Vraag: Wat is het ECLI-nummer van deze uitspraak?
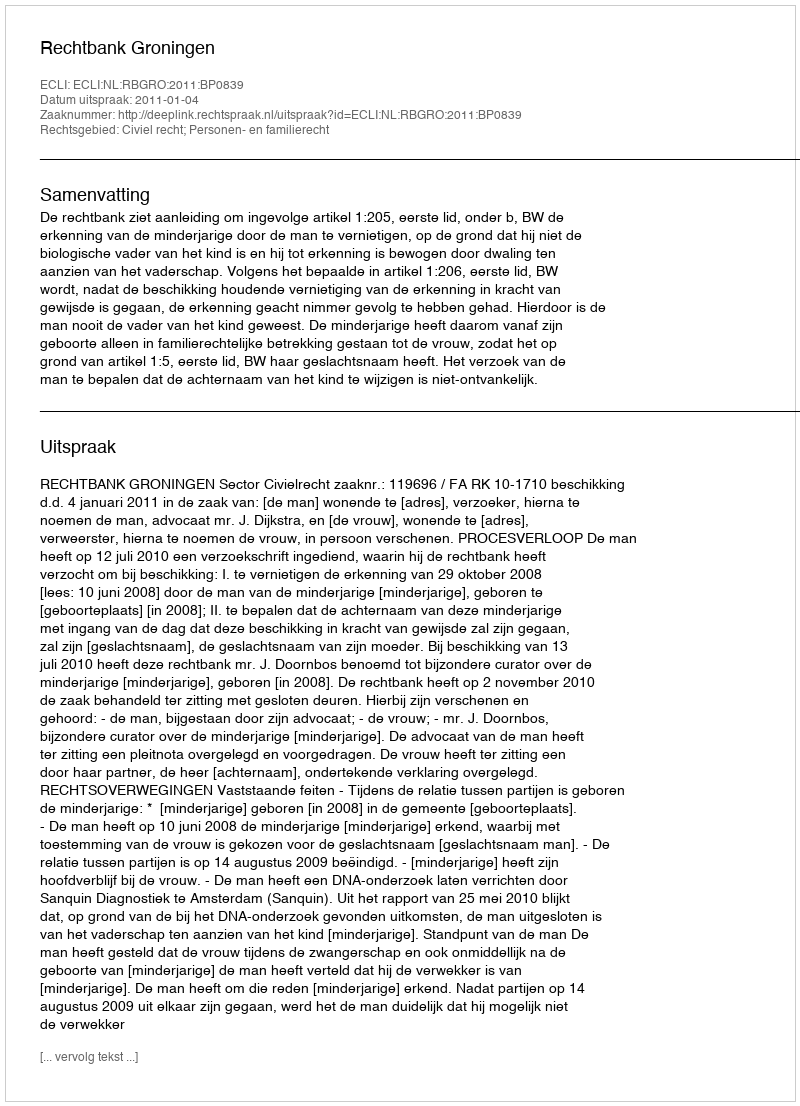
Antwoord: ECLI:NL:RBGRO:2011:BP0839